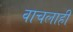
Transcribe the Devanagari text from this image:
वाचलाही